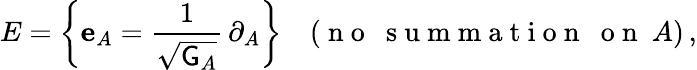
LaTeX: E=\left\{ \mathbf{e}_{A}=\frac{1}{\sqrt{\mathsf{G}_{A}}}\, \partial_{A}\right\} \quad(\mathrm{~n~o~~~s~u~m~m~a~t~i~o~n~~~o~n~}~A)\, ,